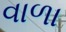
વાળા